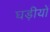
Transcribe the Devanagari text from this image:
घड़ीयों